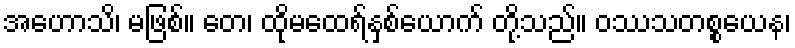
အဟောသိ၊ မဖြစ်။ တေ၊ ထိုမထေရ်နှစ်ယောက် တို့သည်။ ဝဿသတစ္စယေန၊